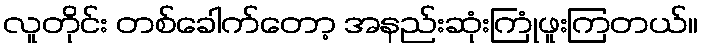
လူတိုင်း တစ်ခေါက်တော့ အနည်းဆုံးကြုံဖူးကြတယ်။